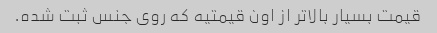
قیمت بسیار بالاتر از اون قیمتیه که روی جنس ثبت شده.